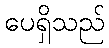
ပေရှိသည်